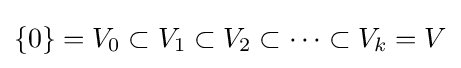
\{0\}=V_{0}\subset V_{1}\subset V_{2}\subset \cdots \subset V_{k}=V